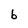
Character: b